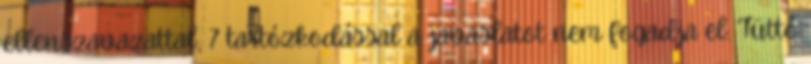
ellenszavazattal, 7 tartózkodással a javaslatot nem fogadja el. Tüttő